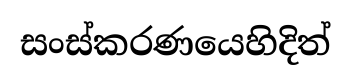
සංස්කරණයෙහිදිත්